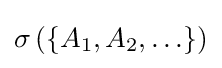
\sigma \left(\left\{A_{1},A_{2},\ldots \right\}\right)